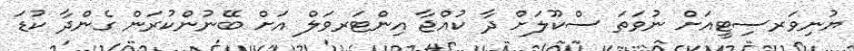
ޔުނިވަރސިޓީއަށް ނުވަތަ ސްކޫލަށް ދާ ކުއްޖާ އިންޓަރވަލް އަށް ބޭނުންކުރަން ގެންދާ ކުޑަ